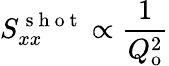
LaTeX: S_{xx}^{\mathrm{~s~h~o~t~}}\propto\frac{1}{Q_{\mathrm{o}}^{2}}